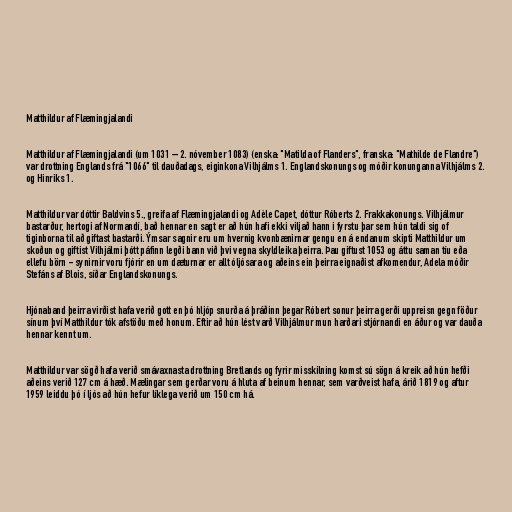
Matthildur af Flæmingjalandi

Matthildur af Flæmingjalandi (um 1031 – 2. nóvember 1083) (enska: "Matilda of Flanders", franska: "Mathilde de Flandre")
var drottning Englands frá "1066" til dauðadags, eiginkona Vilhjálms 1. Englandskonungs og móðir konunganna Vilhjálms 2.
og Hinriks 1.

Matthildur var dóttir Baldvins 5., greifa af Flæmingjalandi og Adèle Capet, dóttur Róberts 2. Frakkakonungs. Vilhjálmur
bastarður, hertogi af Normandí, bað hennar en sagt er að hún hafi ekki viljað hann i fyrstu þar sem hún taldi sig of
tiginborna til að giftast bastarði. Ýmsar sagnir eru um hvernig kvonbænirnar gengu en á endanum skipti Matthildur um
skoðun og giftist Vilhjálmi þótt páfinn legði bann við þvi vegna skyldleika þeirra. Þau giftust 1053 og áttu saman tíu eða
ellefu börn - synirnir voru fjórir en um dæturnar er allt óljósara og aðeins ein þeirra eignaðist afkomendur, Adela móðir
Stefáns af Blois, síðar Englandskonungs.

Hjónaband þeirra virðist hafa verið gott en þó hljóp snurða á þráðinn þegar Róbert sonur þeirra gerði uppreisn gegn föður
sínum því Matthildur tók afstöðu með honum. Eftir að hún lést varð Vilhjálmur mun harðari stjórnandi en áður og var dauða
hennar kennt um.

Matthildur var sögð hafa verið smávaxnasta drottning Bretlands og fyrir misskilning komst sú sögn á kreik að hún hefði
aðeins verið 127 cm á hæð. Mælingar sem gerðar voru á hluta af beinum hennar, sem varðveist hafa, árið 1819 og aftur
1959 leiddu þó í ljós að hún hefur líklega verið um 150 cm há.